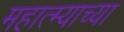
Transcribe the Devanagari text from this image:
महात्म्याच्या